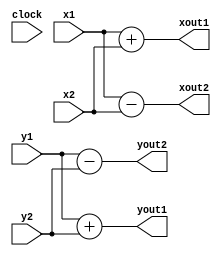
/* Simple Butterfly Module to Calculate 2 Radix Which were used in DIT/DIF FFT algorithms */

`timescale 1ns / 1ps
module butterfly(
	input clock,
	input signed [15:0] x1,
	input signed [15:0] y1,
	input signed [15:0] x2,
	input signed [15:0] y2,
	output signed [15:0] xout1,
	output signed [15:0] yout1,
	output signed [15:0] xout2,
	output signed [15:0] yout2 );


assign xout1 = x1+x2;
assign yout1 = y1+y2;

assign xout2 = x1-x2;
assign yout2 = y1-y2;

endmodule